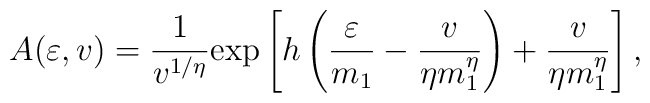
A(\varepsilon,v)={1\over v^{1/ \eta}}  \hbox{exp}\left[h\left({\varepsilon\over {m_1}}-{v \over\eta m_1^\eta}\right)+{v \over\eta m_1^\eta} \right],